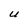
Character: U